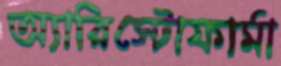
অ্যারিস্টোফার্মা